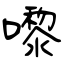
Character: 嚟